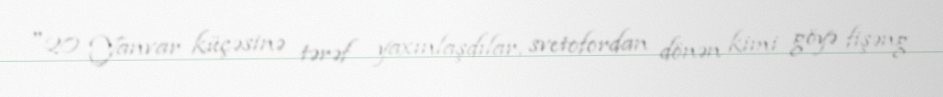
"20 Yanvar küçəsinə tərəf yaxınlaşdılar, svetofordan dönən kimi göyə fişəng